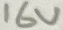
Text: 16V